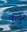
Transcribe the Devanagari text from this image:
कुंदुर